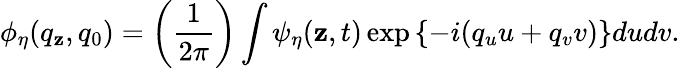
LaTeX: \phi_{\eta}(q_{\mathbf{z}},q_{0})=\left({\frac{{1}}{{2\pi}}}\right)\int\psi_{\eta}(\mathbf{z},t)\exp{\left\{ -i(q_{u}u+q_{v}v)\right\} }dudv.